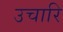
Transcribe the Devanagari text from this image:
उचारि